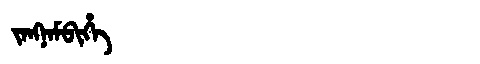
Manchu: ᠵᠠᠩᠨᠠᠮᠪᡳᡥᡝ
Romanization: JANGNAMBIHE